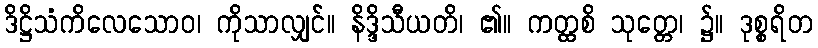
ဒိဋ္ဌိသံကိလေသောဝ၊ ကိုသာလျှင်။ နိဒ္ဒိသီယတိ၊ ၏။ ကတ္ထစိ သုတ္တေ၊ ၌။ ဒုစ္စရိတ